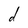
Character: d